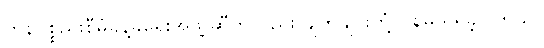
ကုန်ပစ္စည်းစီမံခန့်ခွဲရေးအဖွဲ့ ဆီကလည်း ချက်ချင်းတုံ့ပြန်မှု ရရှိခဲ့ပါတယ်။